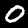
Label: 0